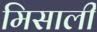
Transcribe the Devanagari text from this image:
मिसाली